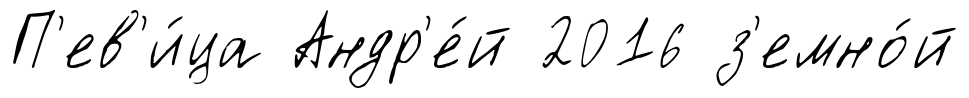
П'ев'и́ца Андр'е́й 2016 з'емно́й